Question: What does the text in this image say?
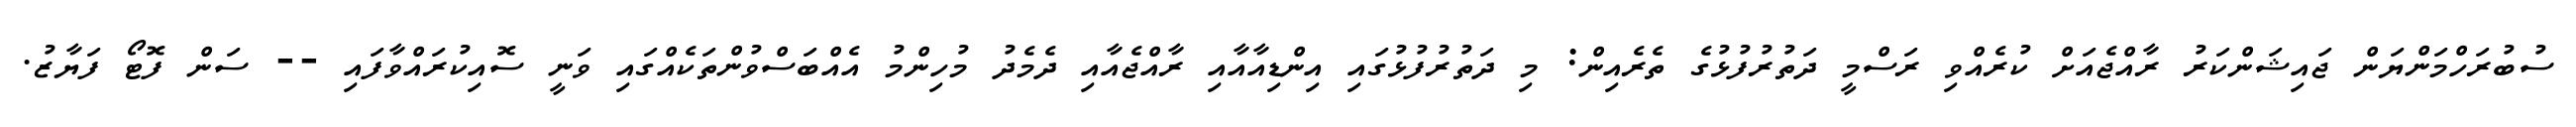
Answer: ސުބުރަހްމަންޔަން ޖައިޝަންކަރު ރާއްޖެއަށް ކުރެއްވި ރަސްމީ ދަތުރުފުޅުގެ ތެރެއިން: މި ދަތުރުފުޅުގައި އިންޑިއާއާއި ރާއްޖެއާއި ދެމެދު މުހިންމު އެއްބަސްވުންތަކެއްގައި ވަނީ ސޮއިކުރައްވާފައި -- ސަން ފޮޓޯ ފަޔާޒު.